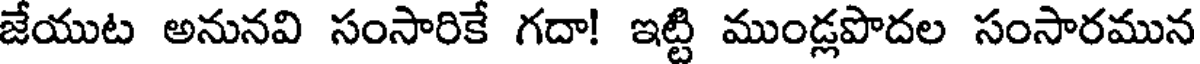
జేయుట అనునవి సంసారికే గదా! ఇట్టి ముండ్లపొదల సంసారమున